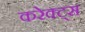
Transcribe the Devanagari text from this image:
करेक्ट्स